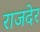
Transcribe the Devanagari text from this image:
राजदेर